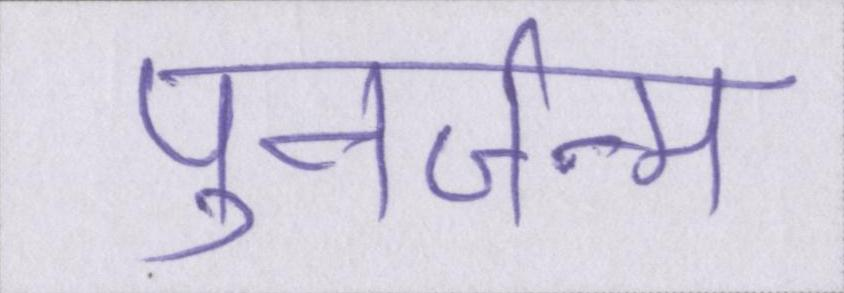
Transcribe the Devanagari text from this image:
पुनर्जन्म